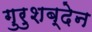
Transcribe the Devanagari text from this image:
गुरुशब्देन